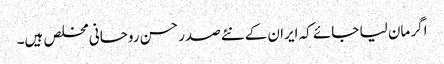
اگر مان لیا جائے کہ ایران کے نئےصدر حسن روحانی مخلص ہیں۔